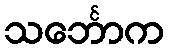
သင်္ဘောက